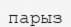
парыз